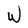
Character: W